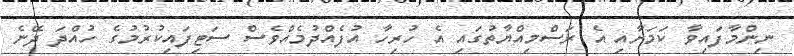
ނިންމާފައިވާ ކަމަށާއި އެ ރަސްމިއްޔާތުގައި އެ ހުރިހާ އުފެއްދުމެއްވެސް ސަޓިފައިކުރުމުގެ ހުއްދަ ދޭނެ